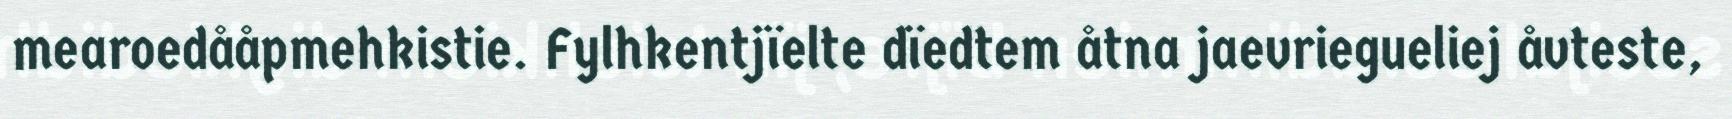
mearoedååpmehkistie. Fylhkentjïelte dïedtem åtna jaevriegueliej åvteste,